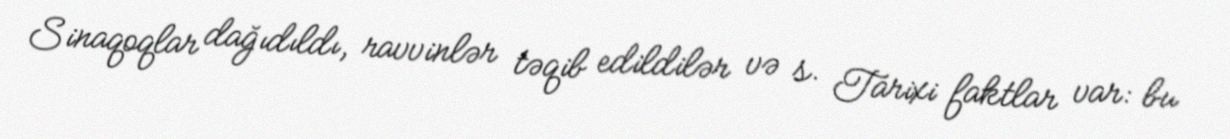
Sinaqoqlar dağıdıldı, ravvinlər təqib edildilər və s. Tarixi faktlar var: bu